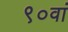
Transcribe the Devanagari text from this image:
९०वां